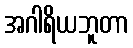
အဂါရိယဘူတာ